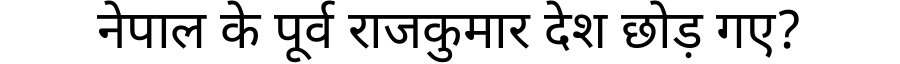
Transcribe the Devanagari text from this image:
नेपाल के पूर्व राजकुमार देश छोड़ गए?